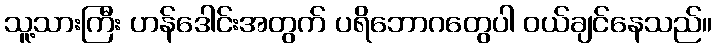
သူ့သားကြီး ဟန်ဒေါင်းအတွက် ပရိဘောဂတွေပါ ဝယ်ချင်နေသည်။